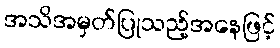
အသိအမှတ်ပြုသည့်အနေဖြင့်